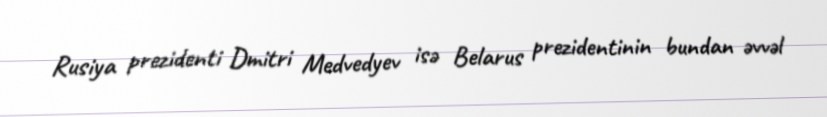
Rusiya prezidenti Dmitri Medvedyev isə Belarus prezidentinin bundan əvvəl